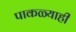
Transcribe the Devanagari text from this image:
पाकळ्याही